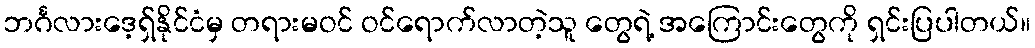
ဘင်္ဂလားဒေ့ရှ်နိုင်ငံမှ တရားမဝင် ဝင်ရောက်လာတဲ့သူ တွေရဲ့ အကြောင်းတွေကို ရှင်းပြပါတယ်။